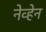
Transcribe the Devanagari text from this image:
नेव्हेन